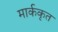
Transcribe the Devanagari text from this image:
मार्ककृत